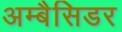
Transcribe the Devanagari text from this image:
अम्बैसिडर